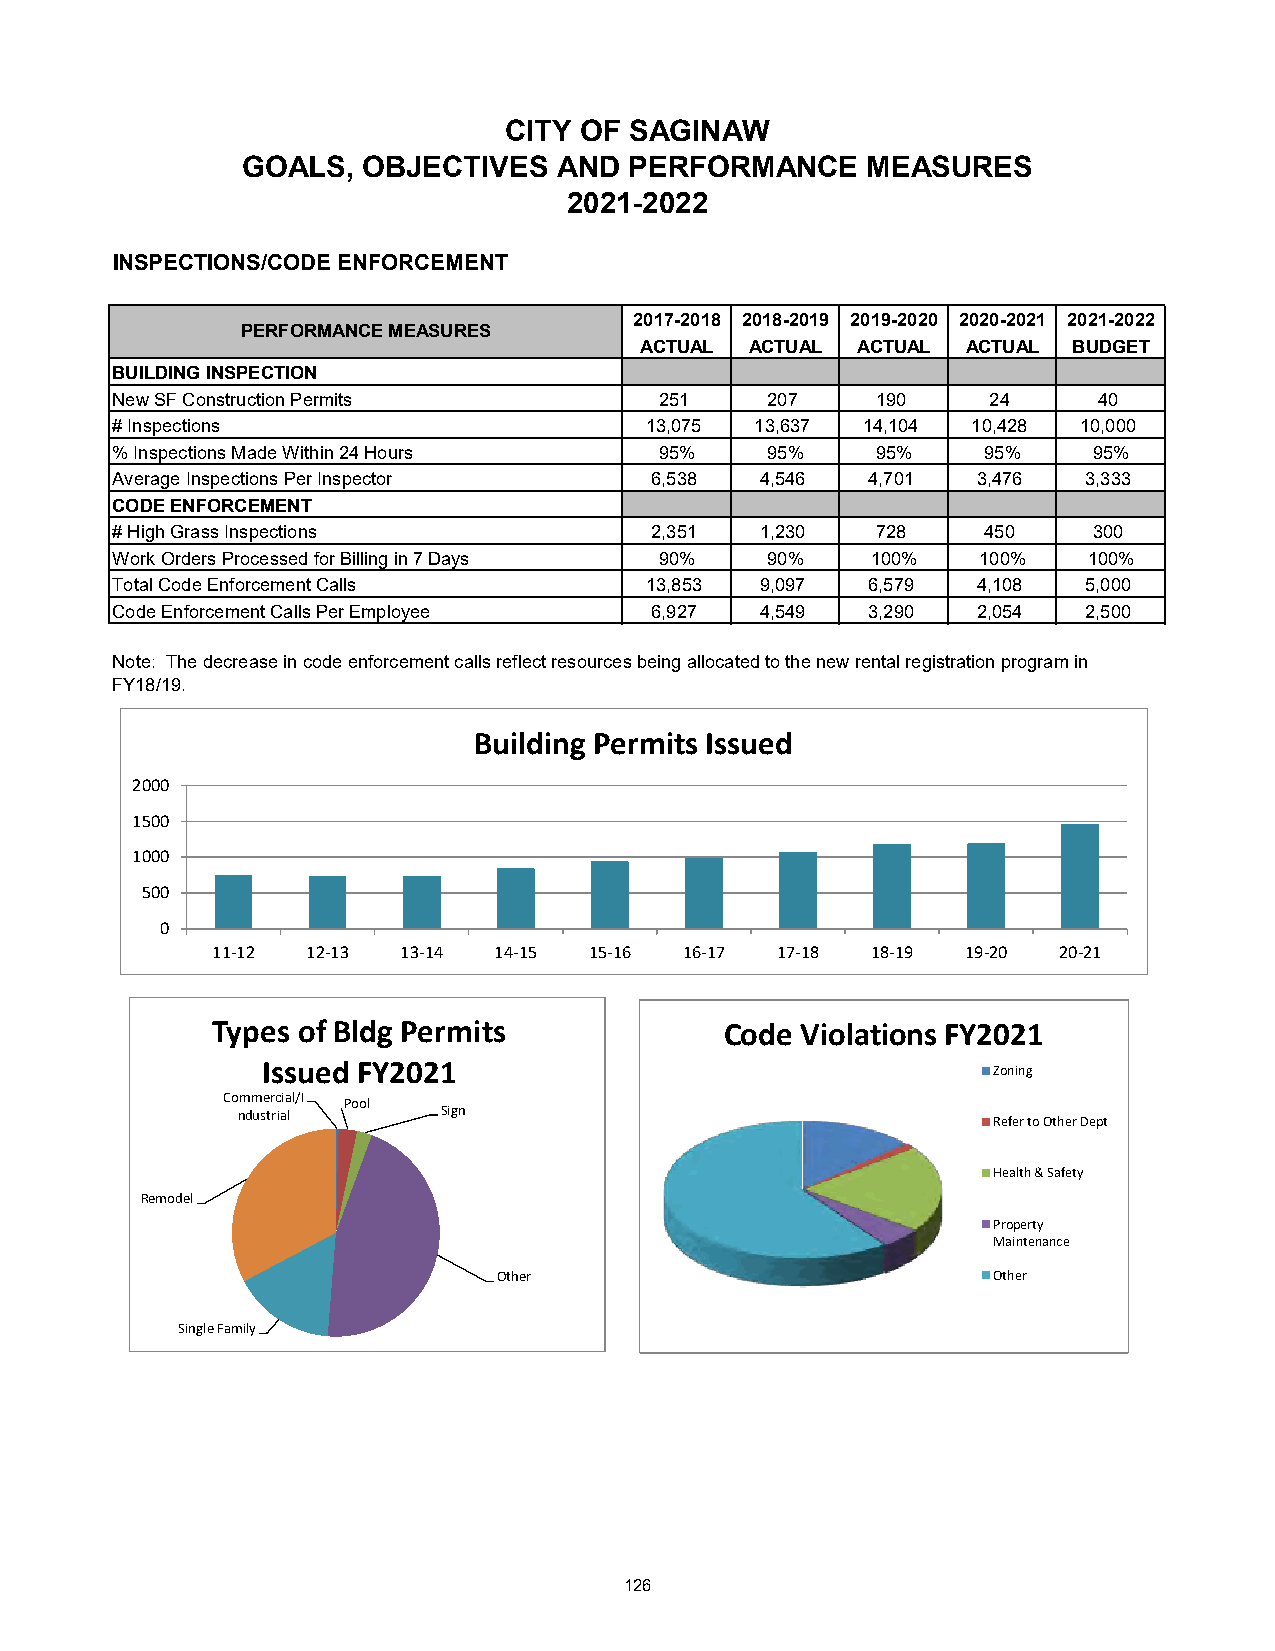
CITY OF  SAGINAW
 GOALS,  OBJECTIVES   AND  PERFORMANCE    MEASURES
 2021-2022
 INSPECTIONS/CODE ENFORCEMENT
 2017-2018 2018-2019 2019-2020 2020-2021 2021-2022
 PERFORMANCE MEASURES
 ACTUAL  ACTUAL ACTUAL ACTUAL BUDGET
 BUILDING INSPECTION
 New SF Construction Permits          251    207    190     24     40
 # Inspections                       13,075 13,637 14,104 10,428  10,000
 % Inspections Made Within 24 Hours   95%    95%    95%    95%    95%
 Average Inspections Per Inspector   6,538  4,546  4,701   3,476  3,333
 CODE ENFORCEMENT
 # High Grass Inspections            2,351  1,230   728    450    300
 Work Orders Processed for Billing in 7 Days 90% 90% 100%  100%   100%
 Total Code Enforcement Calls        13,853 9,097  6,579   4,108  5,000
 Code Enforcement Calls Per Employee 6,927  4,549  3,290   2,054  2,500
 Note: The decrease in code enforcement calls reflect resources being allocated to the new rental registration program in
 FY18/19.
 Building Permits Issued
 2000
 1500
 1000
 500
 0
 11-12 12-13  13-14 14-15 15-16 16-17 17-18  18-19 19-20 20-21
 Types of Bldg Permits             Code Violations FY2021
 Issued FY2021
 Zoning
 Commercial/I Pool
 ndustrial    Sign
 Refer to Other Dept
 Health & Safety
 Remodel
 Property
 Maintenance
 Other                            Other
 Single Family
 126